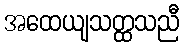
အထေယျသတ္ထသညီ